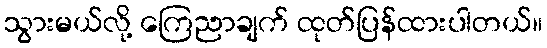
သွားမယ်လို့ ကြေညာချက် ထုတ်ပြန်ထားပါတယ်။